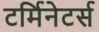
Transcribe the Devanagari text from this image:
टर्मिनेटर्स